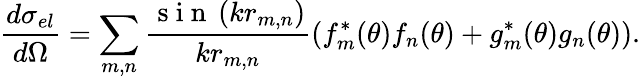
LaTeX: \frac{d\sigma_{el}}{d\Omega}=\sum_{m,n}\frac{\mathrm{~s~i~n~}\left(kr_{m,n}\right)}{kr_{m,n}}(f_{m}^{*}(\theta)f_{n}(\theta)+g_{m}^{*}(\theta)g_{n}(\theta)).